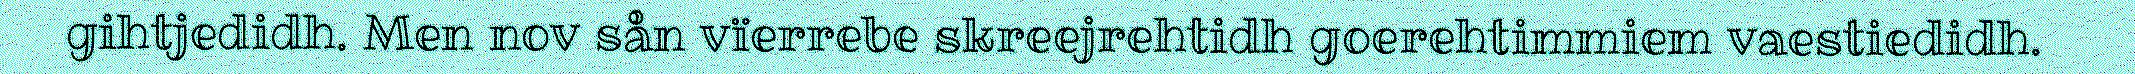
gihtjedidh. Men nov sån vïerrebe skreejrehtidh goerehtimmiem vaestiedidh.